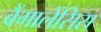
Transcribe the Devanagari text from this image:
बैंगालेंसिस